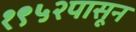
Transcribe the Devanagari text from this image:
१९५२पासून